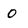
Character: 0